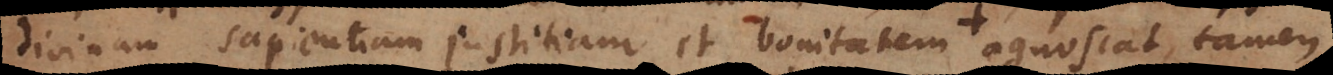
divinam sapientiam justitiam et bonitatem agnoscat, tam